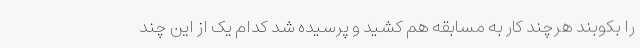
را بکوبند هرچند کار به مسابقه هم کشید و پرسیده شد کدام یک از این چند